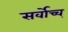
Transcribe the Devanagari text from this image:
सर्वोच्च्